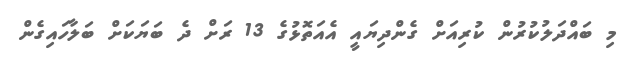
މި ބައްދަލުކުރުން ކުރިއަށް ގެންދިޔައީ އެއަތޮޅުގެ 13 ރަށް ދެ ބަޔަކަށް ބަލާހައިގެން